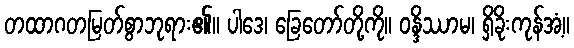
တထာဂတမြတ်စွာဘုရား၏။ ပါဒေ၊ ခြေတော်တို့ကို။ ဝန္ဒိဿာမ၊ ရှိခိုးကုန်အံ့။